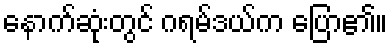
နောက်ဆုံးတွင် ဂရမ်ဒယ်က ပြော၏။